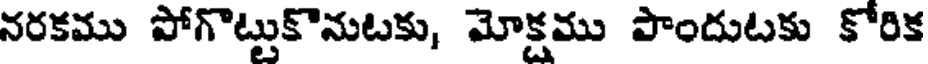
నరకము పోగొట్టుకొనుటకు, మోక్షము పొందుటకు కోరిక